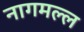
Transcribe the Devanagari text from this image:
नागमल्ल